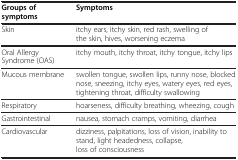
| Groups of symptoms | Symptoms |
 | --- | --- |
 | Skin | itchy ears, itchy skin, red rash, swelling of the skin, hives, worsening eczema |
 | Oral Allergy Syndrome (OAS) | itchy mouth, itchy throat, itchy tongue, itchy lips |
 | Mucous membrane | swollen tongue, swollen lips, runny nose, blocked nose, sneezing, itchy eyes, watery eyes, red eyes, tightening throat, difficulty swallowing |
 | Respiratory | hoarseness, difficulty breathing, wheezing, cough |
 | Gastrointestinal | nausea, stomach cramps, vomiting, diarrhea |
 | Cardiovascular | dizziness, palpitations, loss of vision, inability to stand, light headedness, collapse, loss of consciousness |